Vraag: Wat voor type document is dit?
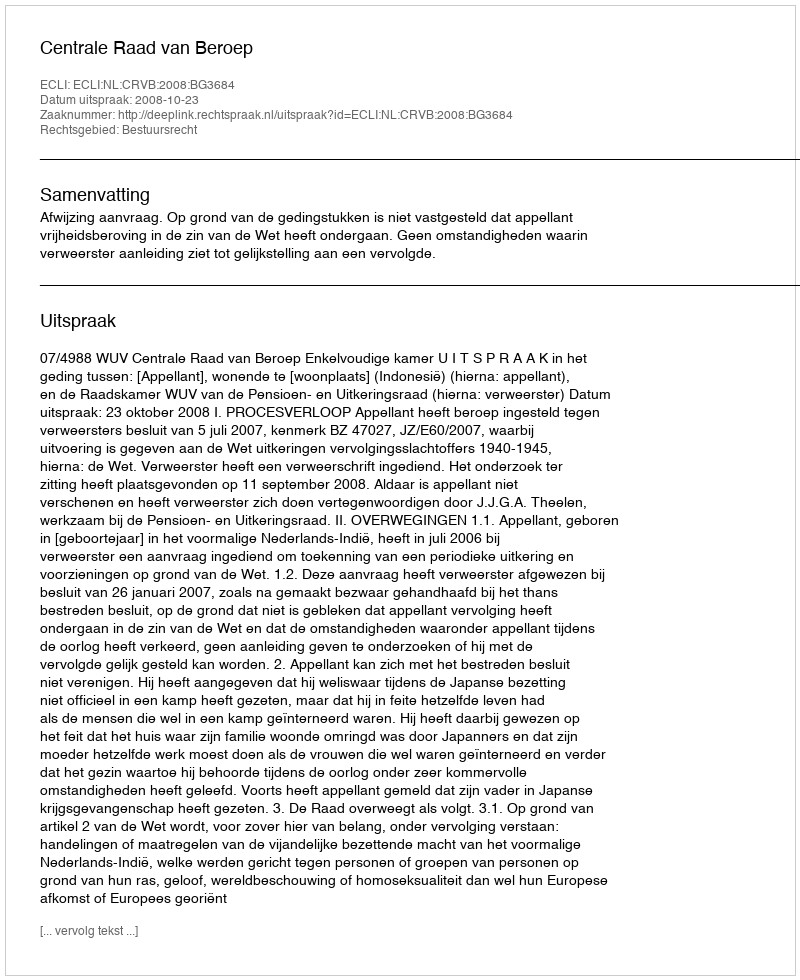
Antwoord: Uitspraak